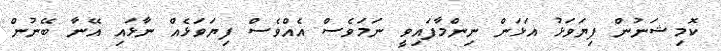
ކޮމިޝަނުން ފިޔަވަޅު އަޅަން ނިންމާފައިވީ ނަމަވެސް އެއްވެސް ފިޔަވަޅެއް ނާޅައި އޭނާ ބޭނުން